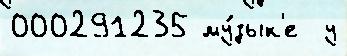
000291235 му́зык'е  у